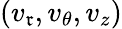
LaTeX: (v_{\mathfrak{r}},v_{\theta},v_{z})